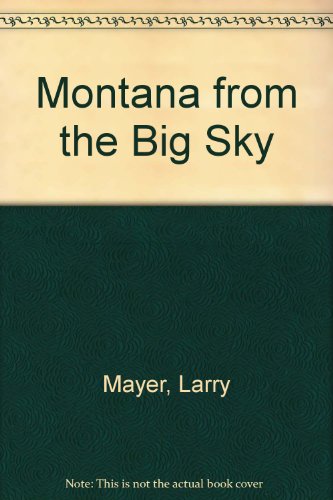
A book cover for Montana from the Big Sky; Larry Mayer; Travel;